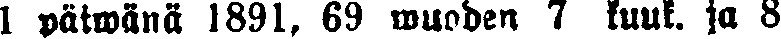
1 päiwänä !891, 69 muoden 7 kuuk. ja 8